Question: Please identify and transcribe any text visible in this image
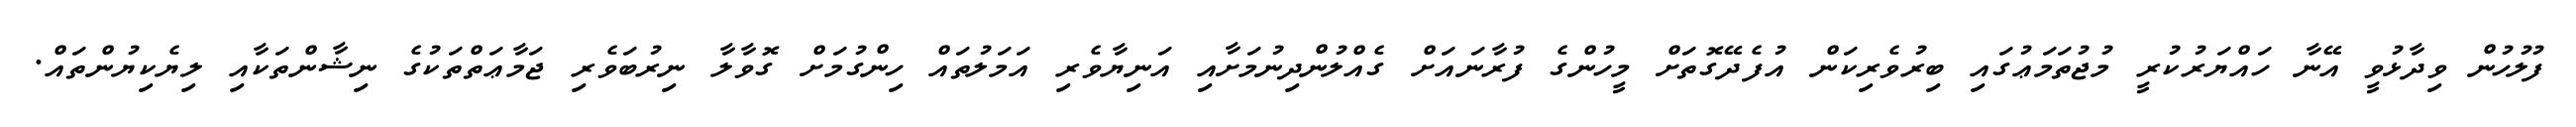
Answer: ފުލުހުން ވިދާޅުވީ އޭނާ ހައްޔަރުކުރީ މުޖުތަމަޢުގައި ބިރުވެރިކަން އުފެދޭގޮތަށް މީހުންގެ ފުރާނައަށް ގެއްލުންދިނުމަށާއި އަނިޔާވެރި އަމަލުތައް ހިންގުމަށް ގޮވާލާ ނިރުބަވެރި ޖަމާޢަތްތަކުގެ ނިޝާންތަކާއި ލިޔެކިޔުންތައް.